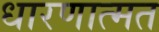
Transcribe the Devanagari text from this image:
धारणात्मत